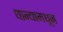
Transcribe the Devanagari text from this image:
धान्यामधून